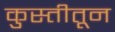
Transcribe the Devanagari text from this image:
कुस्तीतून